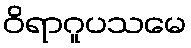
ဝိရာဂူပသမေ